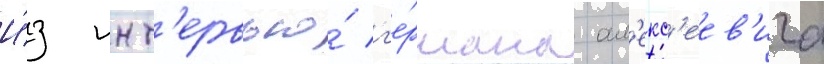
И́з инт'ервью́ г'е́рмана ал'екс'еев'ича